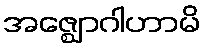
အဇ္ဈောဂါဟာမိ